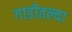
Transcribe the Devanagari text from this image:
गाडीतल्या